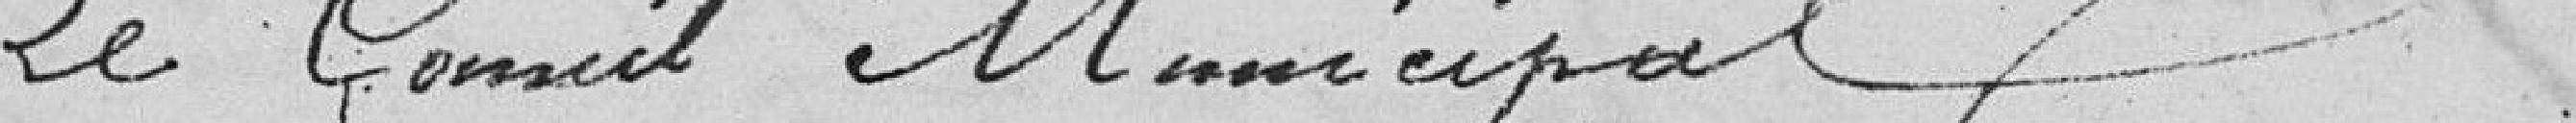
Le Conseil Municipal